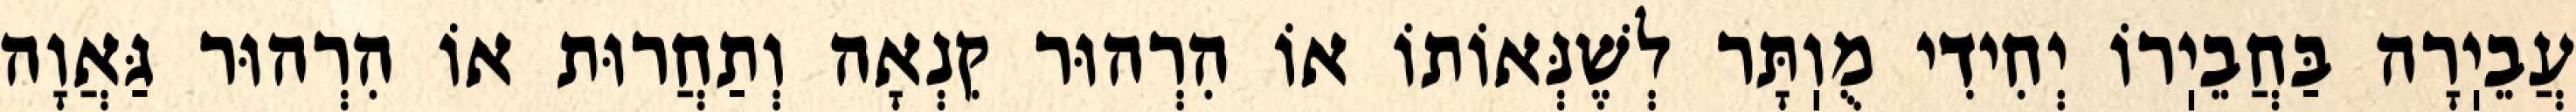
עֲבֵיֽרָה בַּחֲבֵיֽרוֹ יְחִידִי מֻוֽתָּר לְשֶׁנְּאוֹתוֹ אוֹ הִרְהוּר קִנְאָה וְתַחֲרוּת אוֹ הִרְהוּר גַּאֲוָה